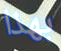
بهذا